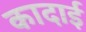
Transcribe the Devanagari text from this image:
कादाई